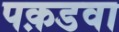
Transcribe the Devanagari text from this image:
पक़डवा